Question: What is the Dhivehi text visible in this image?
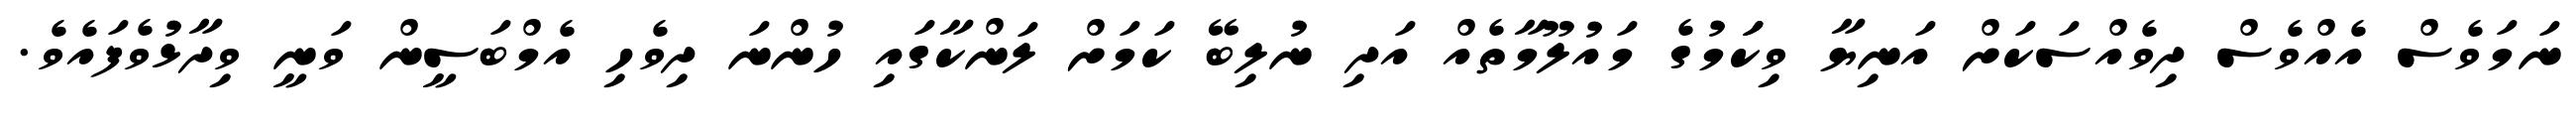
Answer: ނަމަވެސް އެއްވެސް ދިވެއްސަކަށް އަނިޔާ ވިކަަމުގެ މައުލޫމާތެއް އަދި ނުލިބޭ ކަމަށް ލަންކާގައި ހުންނަ ދިވެހި އެމްބަސީން ވަނީ ވިދާޅުވެފައެވެ.